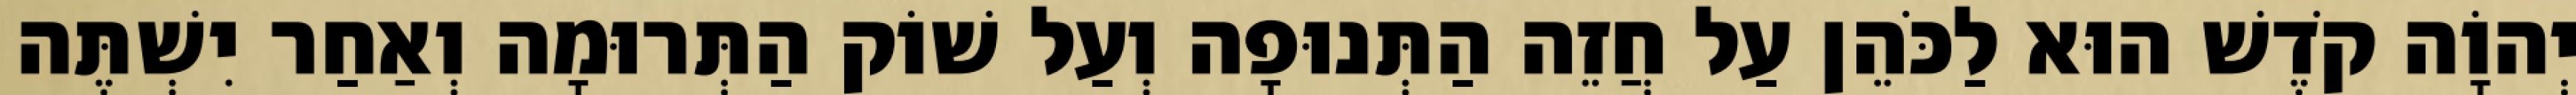
יְהוָֹה קֹדֶשׁ הוּא לַכֹּהֵן עַל חֲזֵה הַתְּנוּפָה וְעַל שׁוֹק הַתְּרוּמָה וְאַחַר יִשְׁתֶּה